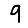
Digit: 9